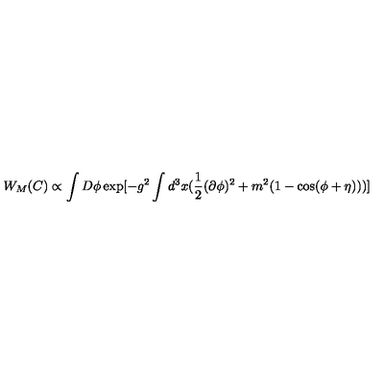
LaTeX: W _ { M } ( C ) \propto \int D \phi \exp [ - g ^ { 2 } \int d ^ { 3 } x ( \frac { 1 } { 2 } ( \partial \phi ) ^ { 2 } + m ^ { 2 } ( 1 - \cos ( \phi + \eta ) ) ) ]